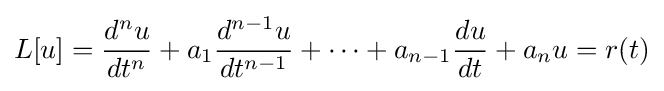
L[u]={\frac {d^{n}u}{dt^{n}}}+a_{1}{\frac {d^{n-1}u}{dt^{n-1}}}+\dotsb +a_{n-1}{\frac {du}{dt}}+a_{n}u=r(t)